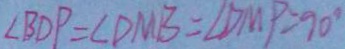
\angle B D P = \angle D M B = \angle D M P = 9 0 ^ { \circ }